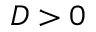
D > 0